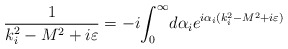
\begin{align*}\frac 1{k_i^2-M^2+i\varepsilon }=-i{\int _0 ^\infty }d\alpha _ie^{i\alpha_i(k_i^2-M^2+i\varepsilon )}\end{align*}